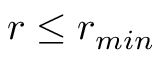
r \leq r _ { m i n }